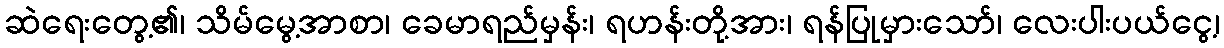
ဆဲရေးတွေ့၏၊ သိမ်မွေ့အာစာ၊ ခေမာရည်မှန်း၊ ရဟန်းတို့အား၊ ရန်ပြုမှားသော်၊ လေးပါးပယ်ငွေ့၊